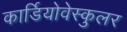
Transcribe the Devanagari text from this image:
कार्डियोवेस्कुलर